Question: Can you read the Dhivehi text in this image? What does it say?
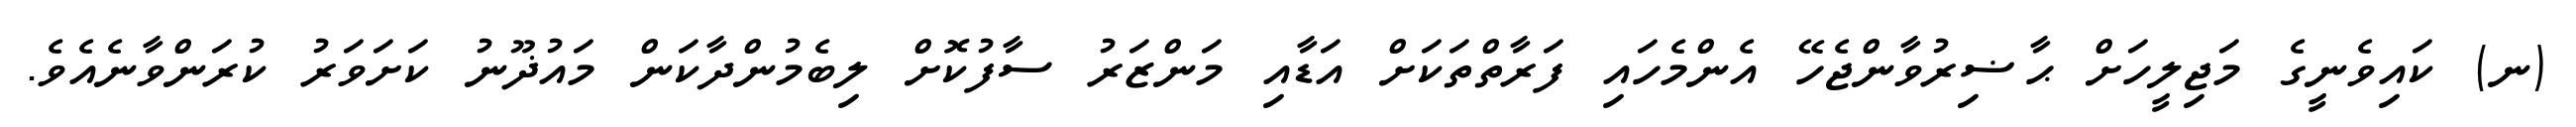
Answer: (ނ) ކައިވެނީގެ މަޖިލީހަށް ޙާޟިރުވާންޖެހޭ އެންމެހައި ފަރާތްތަކަށް އަޑާއި މަންޒަރު ސާފުކޮށް ލިބެމުންދާކަން މައުޛޫނު ކަށަވަރު ކުރަންވާނެއެވެ.